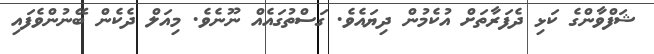
ޝަފްވާންގެ ކަޅި ދެފަރާތަށް އުކެމުން ދިޔައެވެ. ގަސްތުގައެއް ނޫނެވެ. މިއަލް ދެކެން ބޭނުންވެފައި